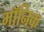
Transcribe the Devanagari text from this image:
मॉनिक